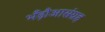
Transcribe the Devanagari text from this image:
भँड़ौआसंग्रह